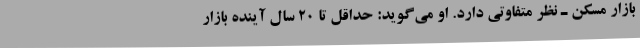
بازار مسکن ـ نظر متفاوتی دارد. او می‌گوید: حداقل تا ۲۰ سال آینده بازار